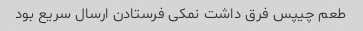
طعم چیپس فرق داشت نمکی فرستادن ارسال سریع بود